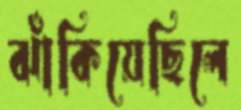
ঝাঁকিয়েছিলে